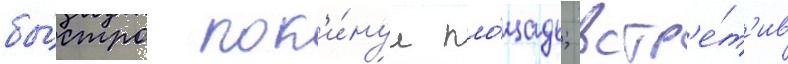
бы́стро пок'и́нул пло́щадь; встр'е́т'ив